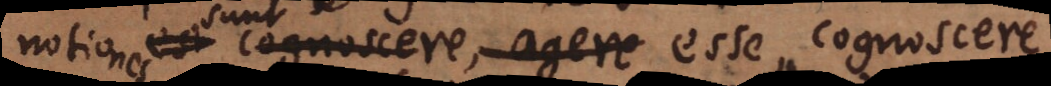
notiones sunt cognoscere, agere esse, cognoscere,